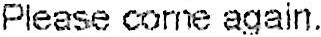
PLEASE COME AGAIN.